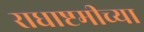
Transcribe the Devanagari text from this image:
राधाष्टमीच्या